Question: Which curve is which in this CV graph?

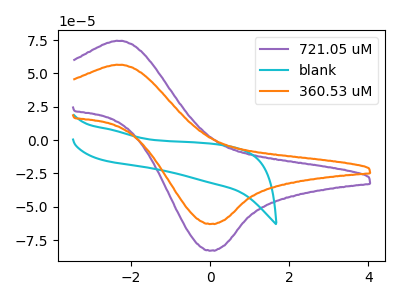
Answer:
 <answer>The purple curve is labeled "721.05 uM". The cyan curve is labeled "blank". The orange curve is labeled "360.53 uM".</answer>
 <eval></eval>